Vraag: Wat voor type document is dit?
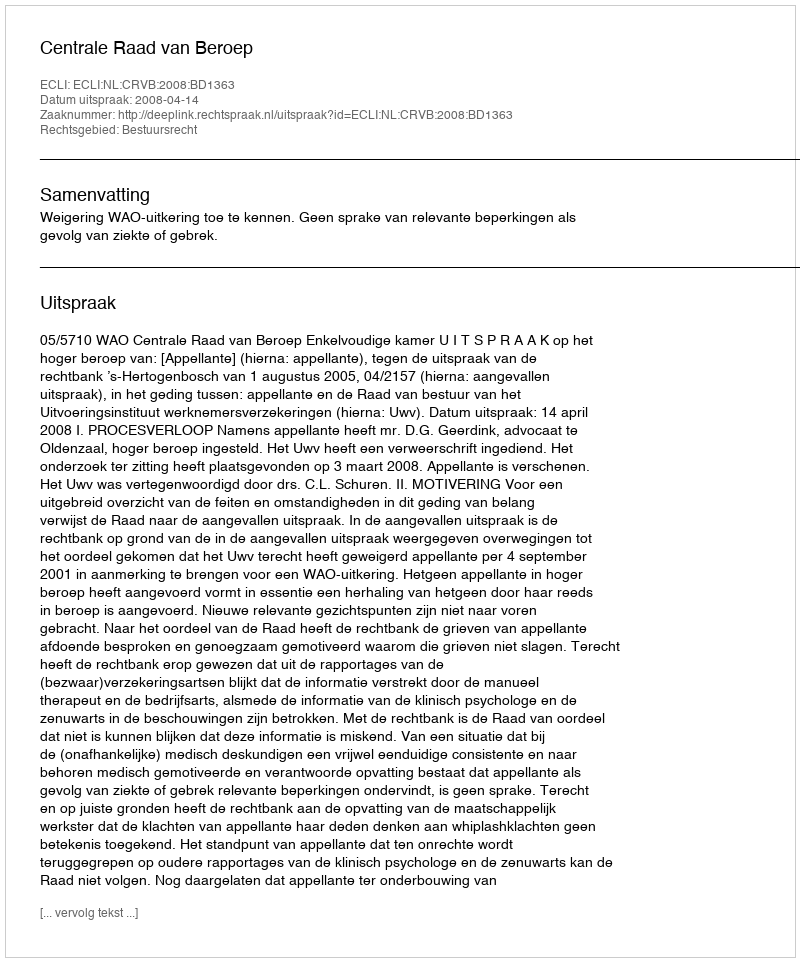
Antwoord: Uitspraak